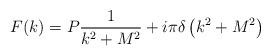
LaTeX: \begin{align*}F(k) = P \frac {1} {k^2 + M^2} + i \pi \delta \left( k^2 + M^2\right)\end{align*}